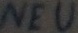
Text: NEU